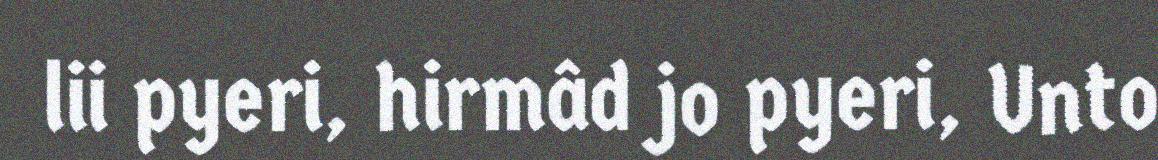
lii pyeri, hirmâd jo pyeri, Unto